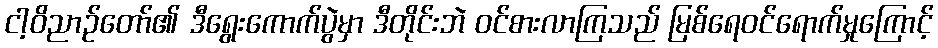
ငါ့ဝိညာဉ်တော်၏ ဒီရွေးကောက်ပွဲမှာ ဒီတိုင်းဘဲ ဝင်စားလာကြသည် မြစ်ရေဝင်ရောက်မှုကြောင့်